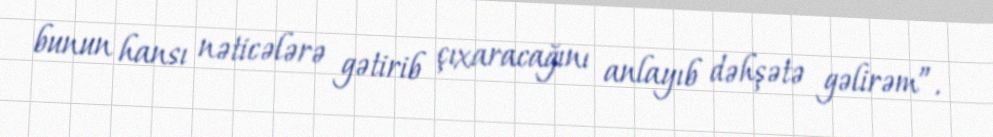
bunun hansı nəticələrə gətirib çıxaracağını anlayıb dəhşətə gəlirəm”.